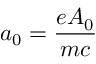
a _ { 0 } = \frac { e A _ { 0 } } { m c }